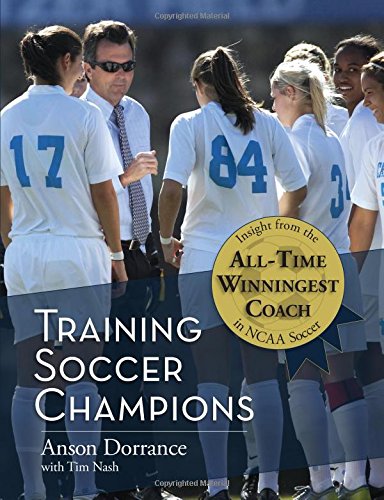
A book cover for Training Soccer Champions; Anson Dorrance; Sports & Outdoors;